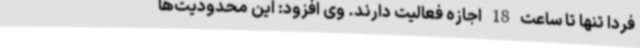
فردا تنها تا ساعت 18 اجازه فعالیت دارند. وی افزود: این محدودیت‌ها